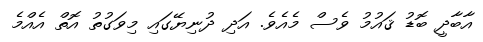
އާބާދީ ބޮޑު ޤައުމު ވެސް މެއެވެ. އަދި ދުނިޔޭގައި މިވަގުތު އޮތް އެއްމެ